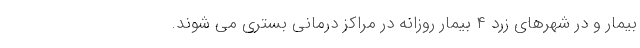
بیمار و در شهرهای زرد ۴ بیمار روزانه در مراکز درمانی بستری می شوند.